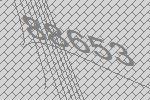
88653